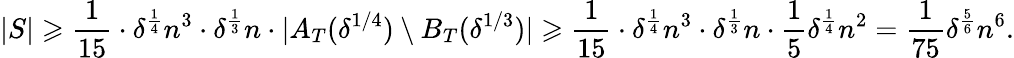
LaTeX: |S|\geqslant\frac{1}{15}\cdot\delta^{\frac{1}{4}}n^{3}\cdot\delta^{\frac{1}{3}}n\cdot|A_{T}(\delta^{1/4})\setminus B_{T}(\delta^{1/3})|\geqslant\frac{1}{15}\cdot\delta^{\frac{1}{4}}n^{3}\cdot\delta^{\frac{1}{3}}n\cdot\frac{1}{5}\delta^{\frac{1}{4}}n^{2}=\frac{1}{75}\delta^{\frac{5}{6}}n^{6}.